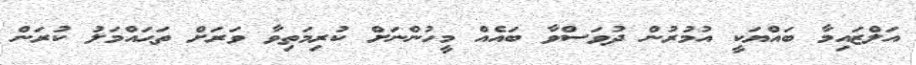
އަލްޒައިމާ ބައްޔަކީ އުމުރުން ދުވަސްވާ ބައެއް މީހުންނަށް ކުރިމަތިވާ ވަރަށް ތަޙައްމަލު ކުރަން